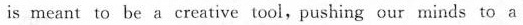
is meant to be a creative tool,pushing our minds to a